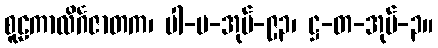
စူဠကာလိင်္ဂဇာတက၊ ပါ-ပ-အုပ်-၉၃၊ ဋ္ဌ-တ-အုပ်-၃။